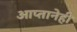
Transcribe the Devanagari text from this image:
आप्तानेही